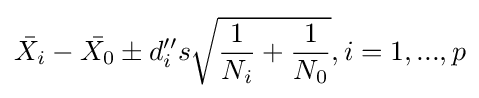
{\bar {X_{i}}}-{\bar {X_{0}}}\pm d_{i}''s{\sqrt {{\frac {1}{N_{i}}}+{\frac {1}{N_{0}}}}},i=1,...,p